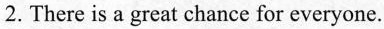
2. There is a great chance for everyone.